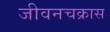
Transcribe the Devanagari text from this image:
जीवनचक्रास